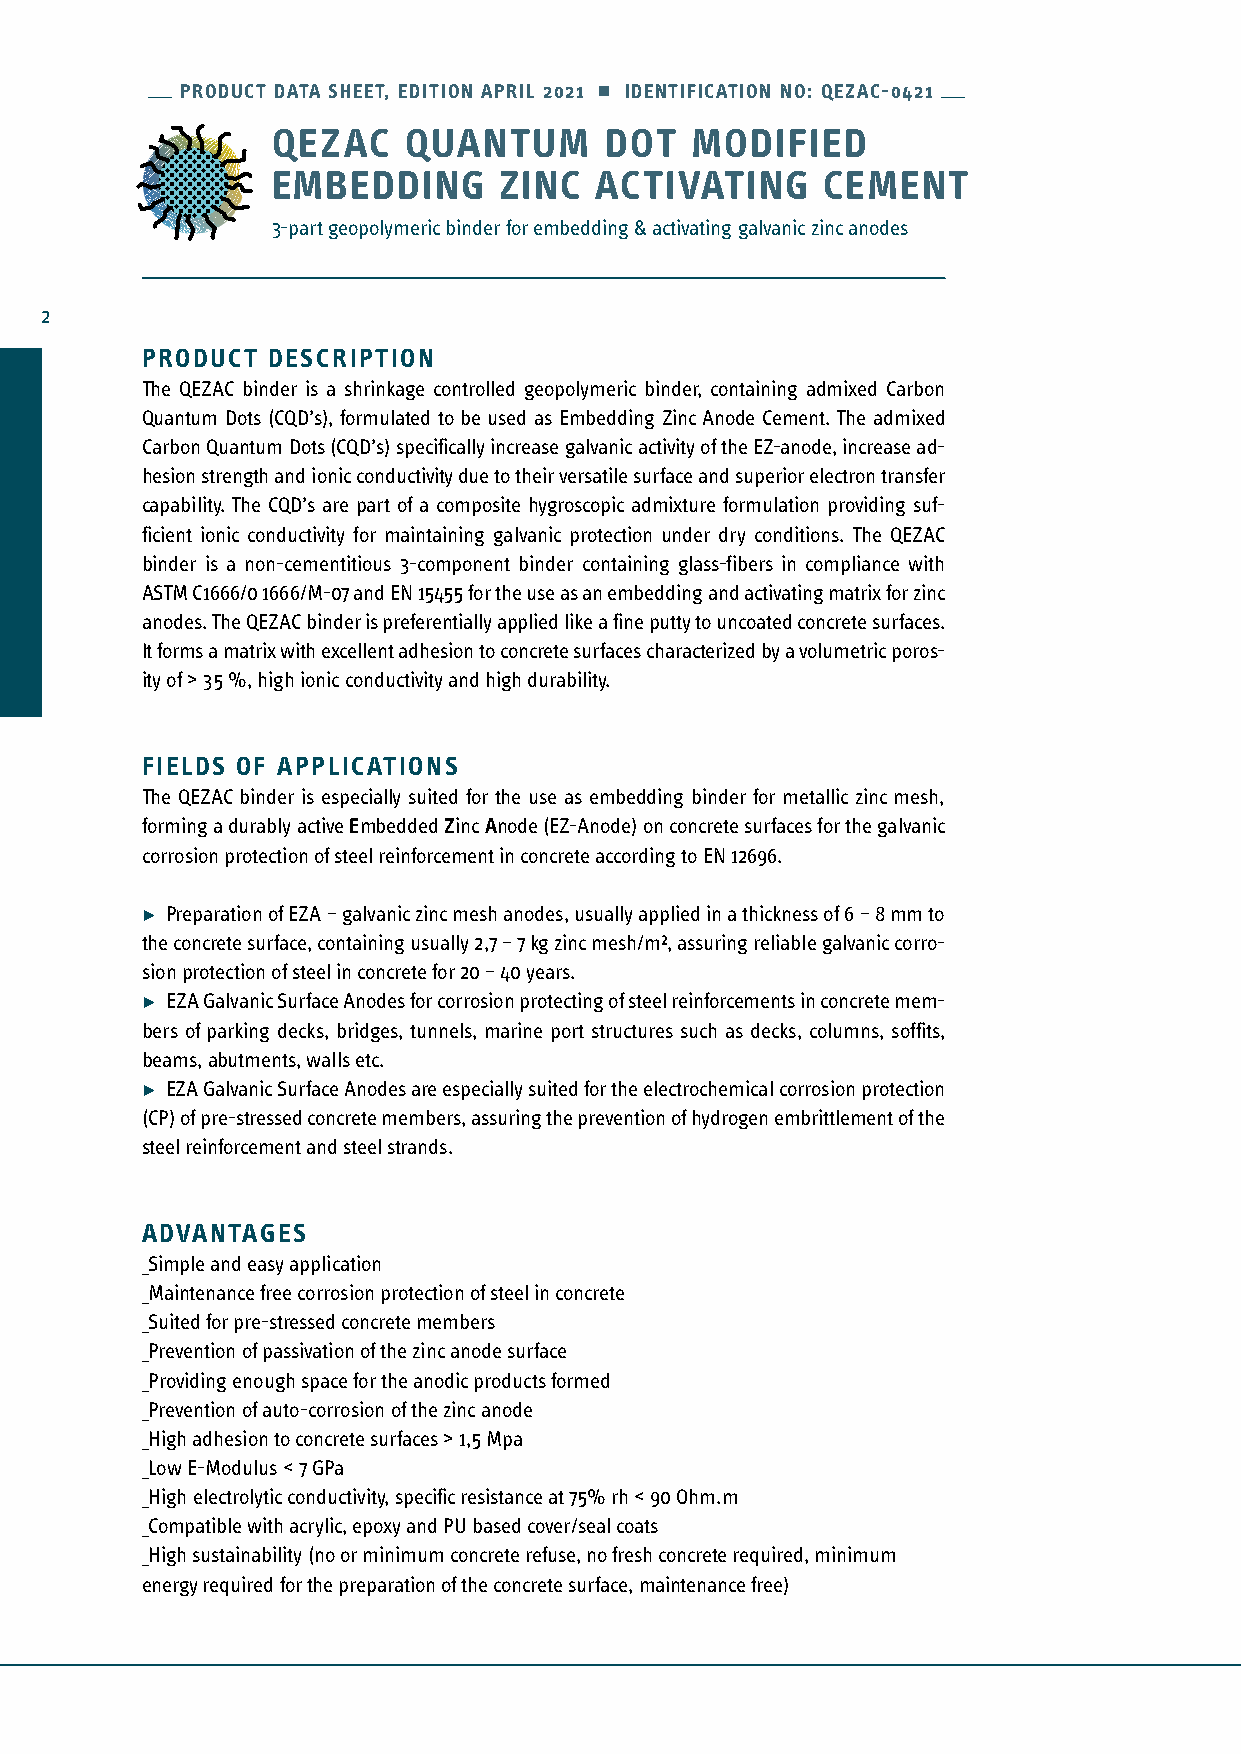
PRODUCT DATA SHEET, EDITION APRIL 2021 • IDENTIFICATION NO: QEZAC-0421
 QEZAC    QUANTUM      DOT   MODIFIED
 EMBEDDING      ZINC  ACTIVATING     CEMENT
 3-part geopolymeric binder for embedding & activating galvanic zinc anodes
 2
 PRODUCT  DESCRIPTION
 The QEZAC binder is a shrinkage controlled geopolymeric binder, containing admixed Carbon
 Quantum Dots (CQD’s), formulated to be used as Embedding Zinc Anode Cement. The admixed
 Carbon Quantum Dots (CQD’s) specifically increase galvanic activity of the EZ-anode, increase ad-
 hesion strength and ionic conductivity due to their versatile surface and superior electron transfer
 capability. The CQD’s are part of a composite hygroscopic admixture formulation providing suf-
 ficient ionic conductivity for maintaining galvanic protection under dry conditions. The QEZAC
 binder is a non-cementitious 3-component binder containing glass-fibers in compliance with
 ASTM C1666/0 1666/M-07 and EN 15455 for the use as an embedding and activating matrix for zinc
 anodes. The QEZAC binder is preferentially applied like a fine putty to uncoated concrete surfaces.
 It forms a matrix with excellent adhesion to concrete surfaces characterized by a volumetric poros-
 ity of > 35 %, high ionic conductivity and high durability.
 FIELDS OF APPLICATIONS
 The QEZAC binder is especially suited for the use as embedding binder for metallic zinc mesh,
 forming a durably active Embedded Zinc Anode (EZ-Anode) on concrete surfaces for the galvanic
 corrosion protection of steel reinforcement in concrete according to EN 12696.
 • Preparation of EZA – galvanic zinc mesh anodes, usually applied in a thickness of 6 – 8 mm to
 the concrete surface, containing usually 2,7 – 7 kg zinc mesh/m², assuring reliable galvanic corro-
 sion p rotection of steel in concrete for 20 – 40 years.
 • EZA Galvanic Surface Anodes for corrosion protecting of steel reinforcements in concrete mem-
 bers of parking decks, bridges, tunnels, marine port structures such as decks, columns, soffits,
 beams, a butments, walls etc.
 • EZA Galvanic Surface Anodes are especially suited for the electrochemical corrosion protection
 (CP) of pre-stressed concrete members, assuring the prevention of hydrogen embrittlement of the
 steel reinforcement and steel strands.
 ADVANTAGES
 _Simple and easy application
 _Maintenance free corrosion protection of steel in concrete
 _Suited for pre-stressed concrete members
 _Prevention of passivation of the zinc anode surface
 _Providing enough space for the anodic products formed
 _Prevention of auto-corrosion of the zinc anode
 _High adhesion to concrete surfaces > 1,5 Mpa
 _Low E-Modulus < 7 GPa
 _High electrolytic conductivity, specific resistance at 75% rh < 90 Ohm.m
 _Compatible with acrylic, epoxy and PU based cover/seal coats
 _High sustainability (no or minimum concrete refuse, no fresh concrete required, minimum
 energy required for the preparation of the concrete surface, maintenance free)
 COMPOSITE       - APPLIED    - SYSTEMS     GMBH